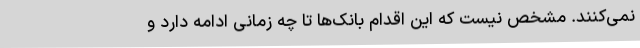
نمی‌کنند. مشخص نیست که این اقدام بانک‌ها تا چه زمانی ادامه دارد و